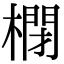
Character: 𣘥